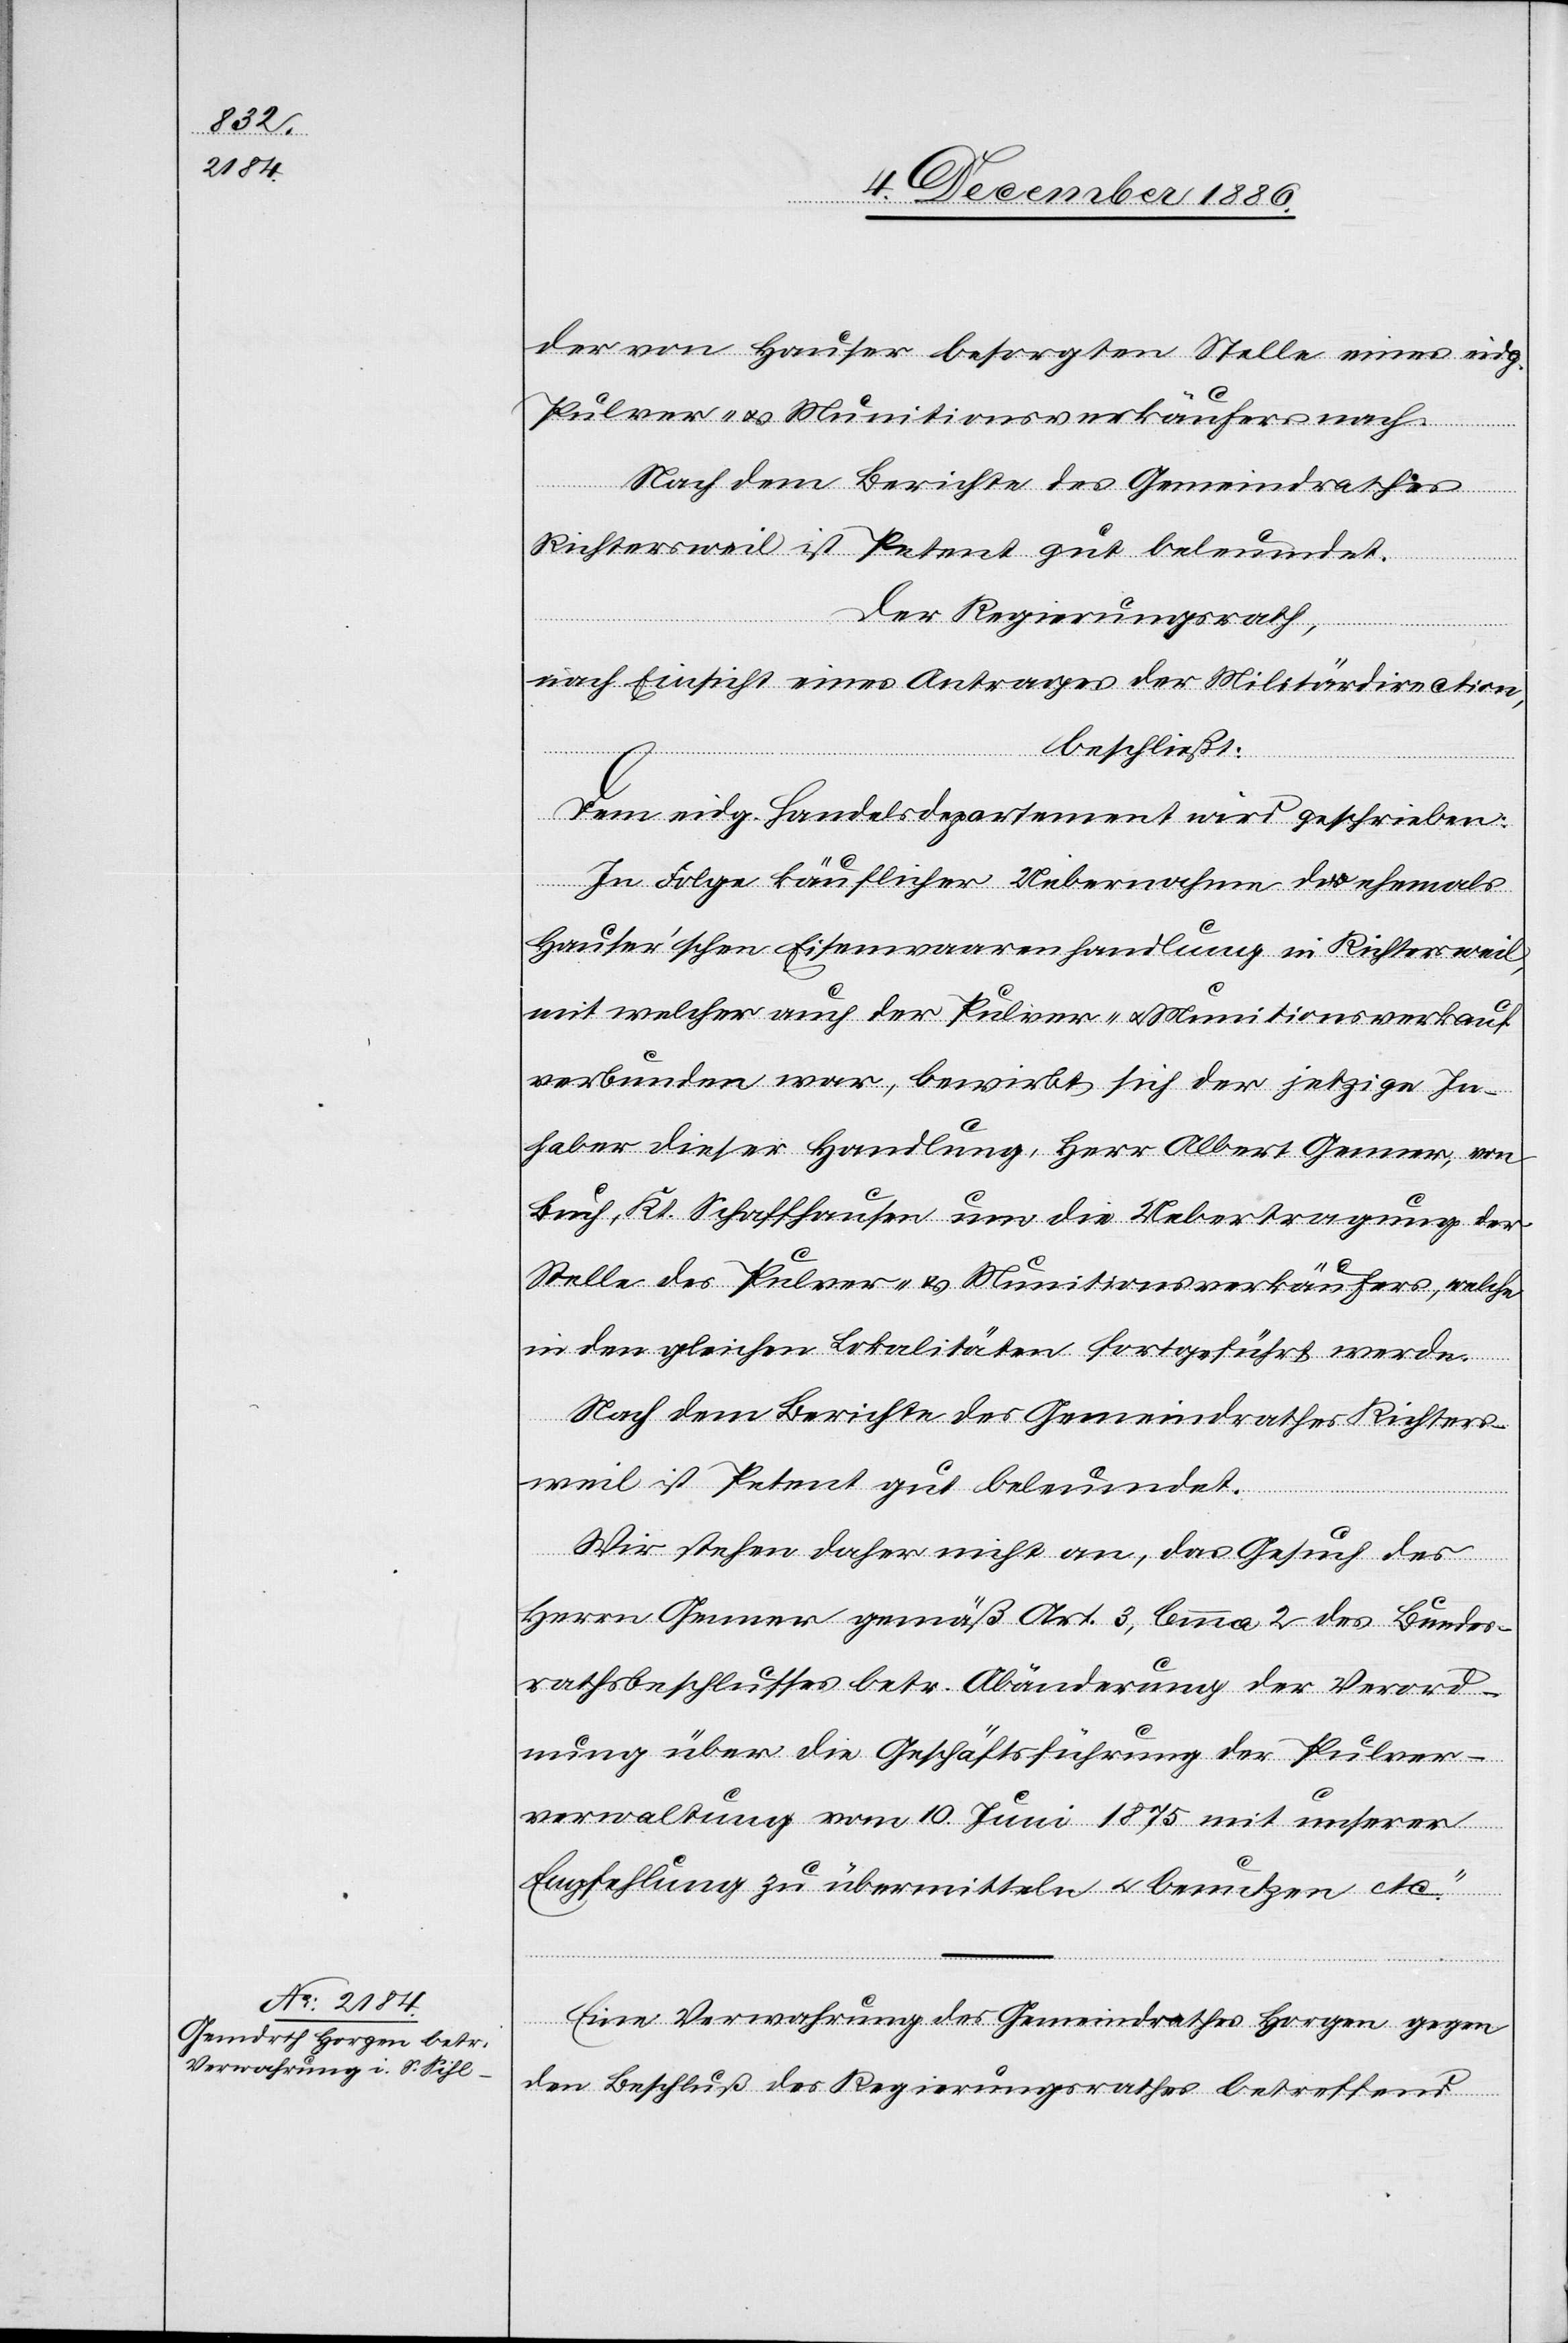
der von Hauser besorgten Stelle eines eidg.
Pulver- & Munitionsverkäufers nach.
Nach dem Berichte des Gemeindrathes
Richtersweil ist Petent gut beleumdet.
Der Regierungsrath,
nach Einsicht eines Antrages der Militärdirection,
beschließt:
Dem eidg. Handelsdepartement wird geschrieben:
In Folge käuflicher Uebernahme der ehemals
Hauser’schen Eisenwaarenhandlung in Richtersweil,
mit welcher auch der Pulver- & Munitionsverkauf
verbunden war, bewirbt sich der jetzige In¬
haber dieser Handlung, Herr Albert Genner, von
Buch, Kt. Schaffhausen um die Uebertragung der
Stelle des Pulver- & Munitionsverkäufers, welche
in den gleichen Lokalitäten fortgeführt werde.
Wir stehen daher nicht an, das Gesuch des
Herrn Genner gemäß Art. 3, lemma 2 des Bundes¬
rathsbeschlusses betr. Abänderung der Verord¬
nung über die Geschäftsführung der Pulver¬
verwaltung vom 10. Juni 1875 mit unserer
Empfehlung zu übermitteln & benutzen etc.“
Eine Verwahrung des Gemeindrathes Horgen gegen
den Beschluß des Regierungsrathes betreffend